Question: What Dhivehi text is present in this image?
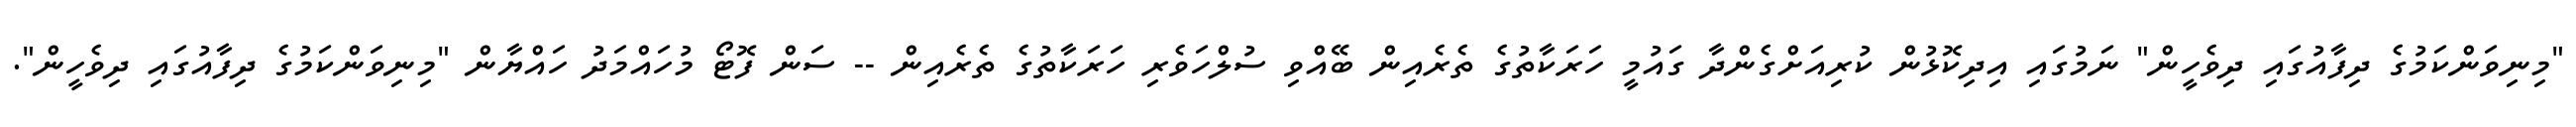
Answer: "މިނިވަންކަމުގެ ދިފާއުގައި ދިވެހީން" ނަމުގައި އިދިކޮޅުން ކުރިއަށްގެންދާ ގައުމީ ހަރަކާތުގެ ތެރެއިން ބޭއްވި ސުލްހަވެރި ހަރަކާތުގެ ތެރެއިން -- ސަން ފޮޓޯ މުހައްމަދު ހައްޔާން "މިނިވަންކަމުގެ ދިފާއުގައި ދިވެހީން".